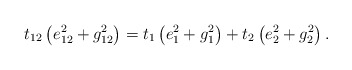
\begin{align*}t_{12}\left(e_{12}^2 + g_{12}^2\right)= t_{1}\left(e_{1}^2 + g_{1}^2\right)+ t_{2}\left(e_{2}^2 + g_{2}^2\right) .\end{align*}